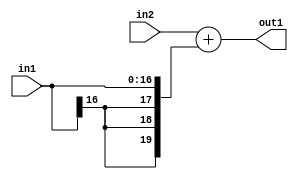
`timescale 1ps / 1ps
/*****************************************************************************
    Verilog RTL Description
    
    
    Created by: Stratus DpOpt 2019.1.01 
*******************************************************************************/

module SobelFilter_Add_19Ux17S_20S_1 (
	in2,
	in1,
	out1
	); /* architecture "behavioural" */ 
input [18:0] in2;
input [16:0] in1;
output [19:0] out1;
wire [19:0] asc001;

assign asc001 = 
	+(in2)
	+({{3{in1[16]}}, in1});

assign out1 = asc001;
endmodule

/* CADENCE  ubPxQgg= : u9/ySgnWtBlWxVPRXgAZ4Og= ** DO NOT EDIT THIS LINE ******/